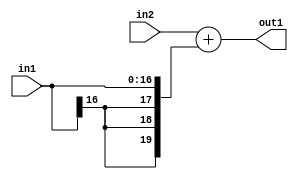
`timescale 1ps / 1ps
/*****************************************************************************
    Verilog RTL Description
    
    
    Created by: Stratus DpOpt 2019.1.01 
*******************************************************************************/

module SobelFilter_Add_19Ux17S_20S_1 (
	in2,
	in1,
	out1
	); /* architecture "behavioural" */ 
input [18:0] in2;
input [16:0] in1;
output [19:0] out1;
wire [19:0] asc001;

assign asc001 = 
	+(in2)
	+({{3{in1[16]}}, in1});

assign out1 = asc001;
endmodule

/* CADENCE  ubPxQgg= : u9/ySgnWtBlWxVPRXgAZ4Og= ** DO NOT EDIT THIS LINE ******/